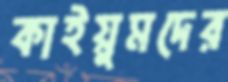
কাইয়ুমদের